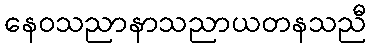
နေဝသညာနာသညာယတနသညီ